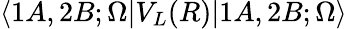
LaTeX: \langle 1A,2B;\Omega|V_{L}(R)|1A,2B;\Omega\rangle